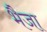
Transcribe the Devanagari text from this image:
भैजा